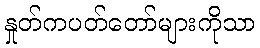
နှုတ်ကပတ်တော်များကိုသာ